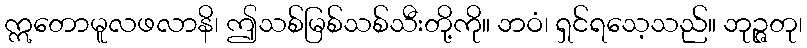
ဣတောမူလဖလာနိ၊ ဤသစ်မြစ်သစ်သီးတို့ကို။ ဘဝံ၊ ရှင်ရသေ့သည်။ ဘုဉ္ဇတု၊